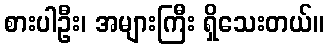
စားပါဦး၊ အများကြီး ရှိသေးတယ်။